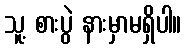
သူ့ စားပွဲ နားမှာမရှိပါ။